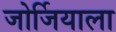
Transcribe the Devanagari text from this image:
जोर्जियाला